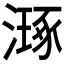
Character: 𣽗